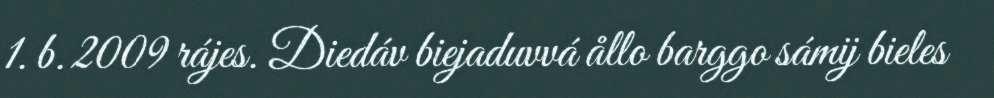
1. b. 2009 rájes. Diedáv biejaduvvá ållo barggo sámij bieles